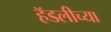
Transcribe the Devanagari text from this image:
हॅडलीच्या